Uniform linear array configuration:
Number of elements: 8
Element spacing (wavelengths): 1
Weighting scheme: uniform
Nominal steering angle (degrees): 30
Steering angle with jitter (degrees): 30.595
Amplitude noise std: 0.05
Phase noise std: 0.05

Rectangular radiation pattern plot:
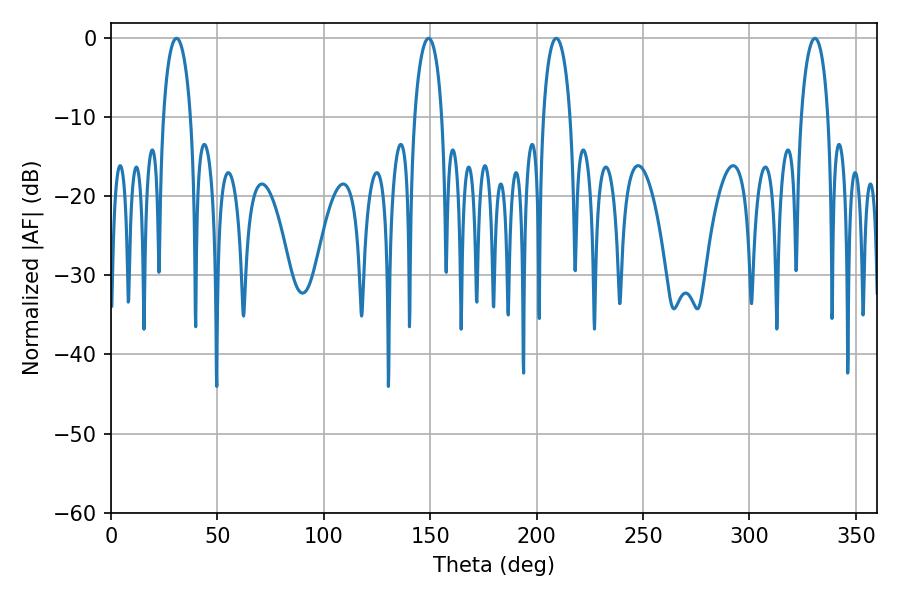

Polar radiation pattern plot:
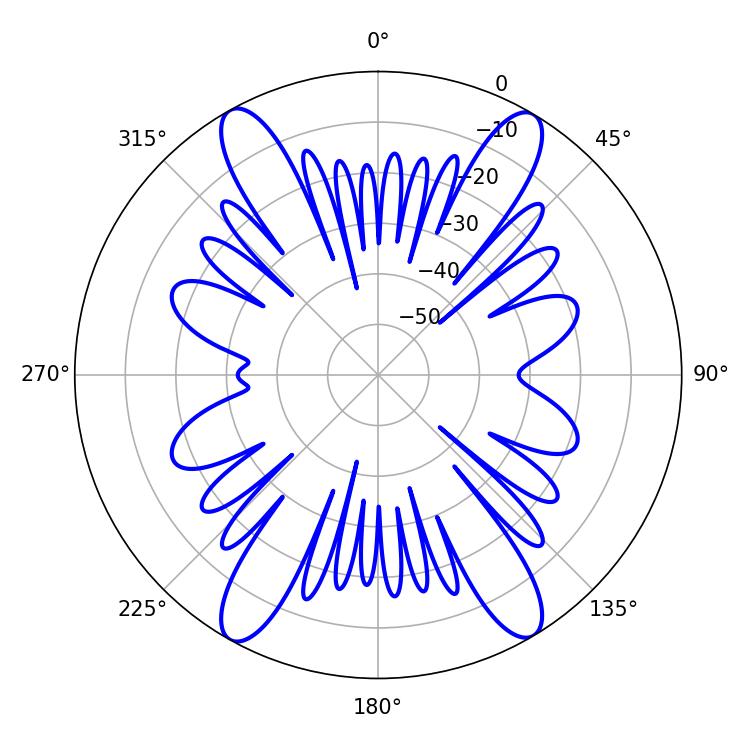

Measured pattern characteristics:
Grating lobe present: TRUE
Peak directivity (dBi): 25.11
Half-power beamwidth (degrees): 7.38
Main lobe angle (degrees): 30.78